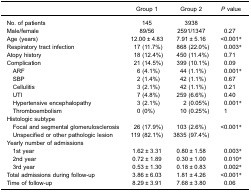
|  | Group 1 | Group 2 | P value |
 | --- | --- | --- | --- |
 | No. of patients | 145 | 3938 |  |
 | Male/female | 89/56 | 2591/1347 | 0.27 |
 | Age (years) | 12.00 ± 4.83 | 7.91 ± 5.16 | <0.001* |
 | Respiratory tract infection | 17 (11.7%) | 868 (22.0%) | 0.003* |
 | Atopy history | 18 (12.4%) | 450 (11.4%) | 0.71 |
 | Complication | 21 (14.5%) | 399 (10.1%) | 0.09 |
 | ARF | 6 (4.1%) | 44 (1.1%) | 0.001* |
 | SBP | 2 (1.4%) | 42 (1.1%) | 0.67 |
 | Cellulitis | 3 (2.1%) | 42 (1.1%) | 0.21 |
 | UTI | 7 (4.8%) | 259 (6.6%) | 0.40 |
 | Hypertensive encephalopathy | 3 (2.1%) | 2 (0.05%) | 0.001* |
 | Thromboembolism | 0 (0%) | 10 (0.25%) | 1 |
 | Histologic subtype |  |  |  |
 | Focal and segmental glomerulosclerosis | 26 (17.9%) | 103 (2.6%) | <0.001* |
 | Unspecified or other pathologic lesion | 119 (82.1%) | 3835 (97.4%) |  |
 | Yearly number of admissions |  |  |  |
 | 1st year | 1.62 ± 3.31 | 0.80 ± 1.58 | 0.003* |
 | 2nd year | 0.72 ± 1.89 | 0.30 ± 1.00 | 0.010* |
 | 3rd year | 0.53 ± 1.30 | 0.18 ± 0.83 | 0.002* |
 | Total admissions during follow-up | 3.86 ± 6.03 | 1.81 ± 4.26 | <0.001* |
 | Time of follow-up | 8.29 ± 3.91 | 7.68 ± 3.80 | 0.06 |